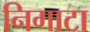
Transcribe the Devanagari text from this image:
निगाटा